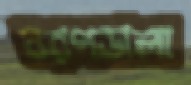
বরণডালা